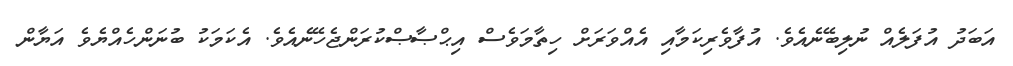
އަބަދު އުފަލެއް ނުލިބޭނެއެވެ. އުފާވެރިކަމާއި އެއްވަރަށް ހިތާމަވެސް އިޙްޞާޞްކުރަންޖެހޭނެއެވެ. އެކަމަކު ބުނަންހެއްޔެވެ އަޔާން